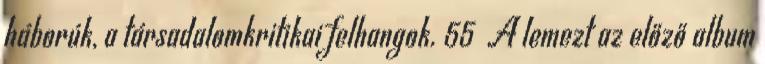
háborúk, a társadalomkritikai felhangok. 55 A lemezt az előző album